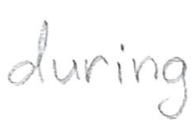
Text: during
Cross-out: clean
Writing tool: pencil